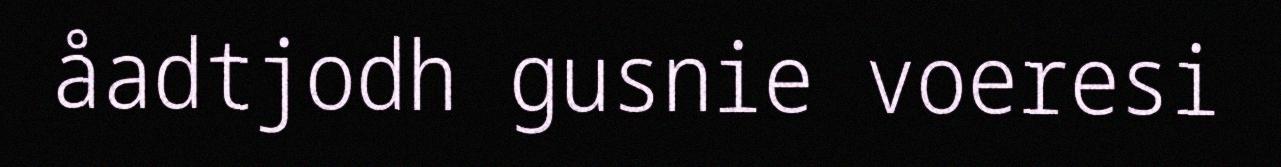
åadtjodh gusnie voeresi